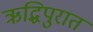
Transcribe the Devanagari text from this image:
ऋद्धिपुरात